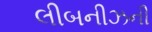
લીબનીઝની